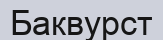
Баквурст